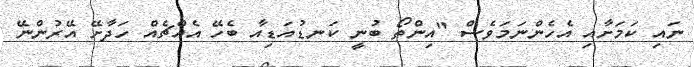
ނައި ކަމަށާއި އެހެންނަމަވެސް "އިންތޯ ބުނީ ކަނޑުއަޑިއާ ބެހޭ އެއްޗެއް ހަދާށޭ އޭރުންނޭ